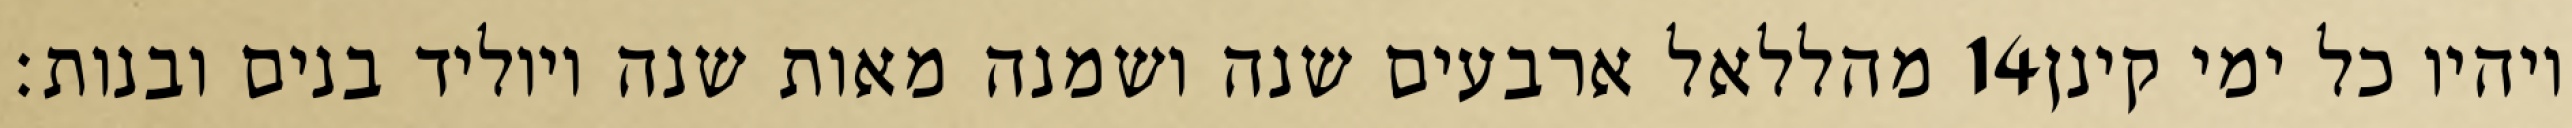
מהללאל ארבעים שנה ושמנה מאות שנה ויוליד בנים ובנות׃ ‎14‏ ויהיו כל ימי קינן